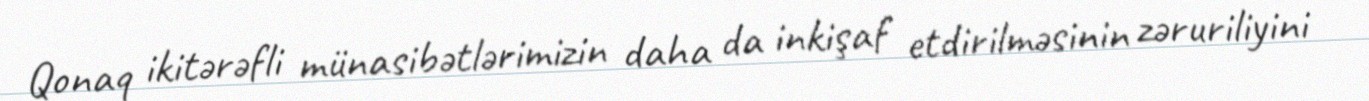
Qonaq ikitərəfli münasibətlərimizin daha da inkişaf etdirilməsinin zəruriliyini